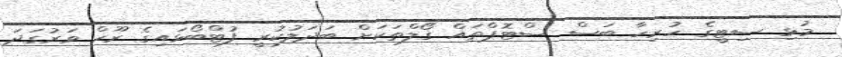
މުޅި ސިޓީގެ ހުރިހާ ބަސް ސްޓޮޕްތައް ގޯލްތަކަށް ބަދަލުކުރީ ފުޓްބޯޅައިގެ ރޫހް ވަރުގަދަ